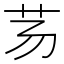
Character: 𰰢